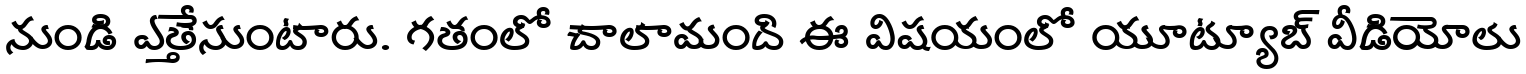
నుండి ఎత్తేసుంటారు. గతంలో చాలామంది ఈ విషయంలో యూట్యూబ్ వీడియోలు